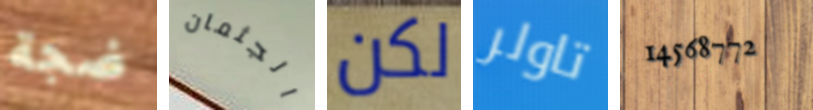
ضجة الجثمان لكن تاولر 14568772